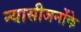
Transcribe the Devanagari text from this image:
न्यासीजनोंके